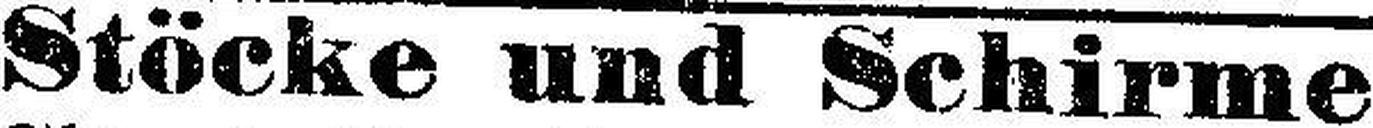
Stöcke und Schirme